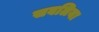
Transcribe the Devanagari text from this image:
सबलिया